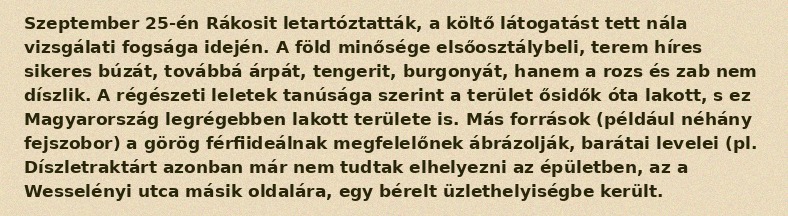
Szeptember 25-én Rákosit letartóztatták, a költő látogatást tett nála vizsgálati fogsága idején. A föld minősége elsőosztálybeli, terem híres sikeres búzát, továbbá árpát, tengerit, burgonyát, hanem a rozs és zab nem díszlik. A régészeti leletek tanúsága szerint a terület ősidők óta lakott, s ez Magyarország legrégebben lakott területe is. Más források (például néhány fejszobor) a görög férfiideálnak megfelelőnek ábrázolják, barátai levelei (pl. Díszletraktárt azonban már nem tudtak elhelyezni az épületben, az a Wesselényi utca másik oldalára, egy bérelt üzlethelyiségbe került.